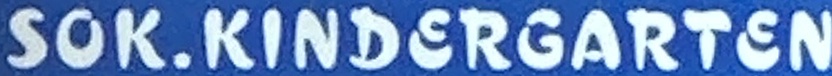
SOK.KINDERGARTEN